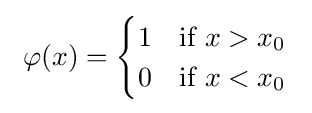
\ \varphi (x)={\begin{cases}1&{\text{if }}x>x_{0}\\0&{\text{if }}x<x_{0}\end{cases}}\